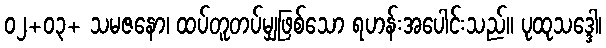
၀၂+၀၃+ သမဇနော၊ ထပ်တူတပ်မျှဖြစ်သော ရဟန်းအပေါင်းသည်။ ပုထုသဒ္ဒေါ၊